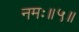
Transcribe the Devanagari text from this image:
नमः॥५॥